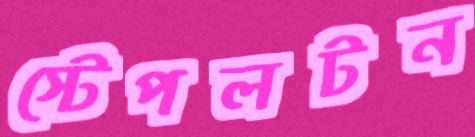
স্টেপলটন